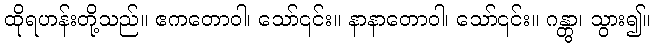
ထိုရဟန်းတို့သည်။ ဧကတောဝါ၊ သော်၎င်း။ နာနာတောဝါ၊ သော်၎င်း။ ဂန္တွာ၊ သွား၍။